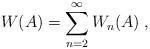
LaTeX: \begin{align*}W ( A ) = \sum_{n=2}^{\infty} W_n ( A ) \; , \end{align*}